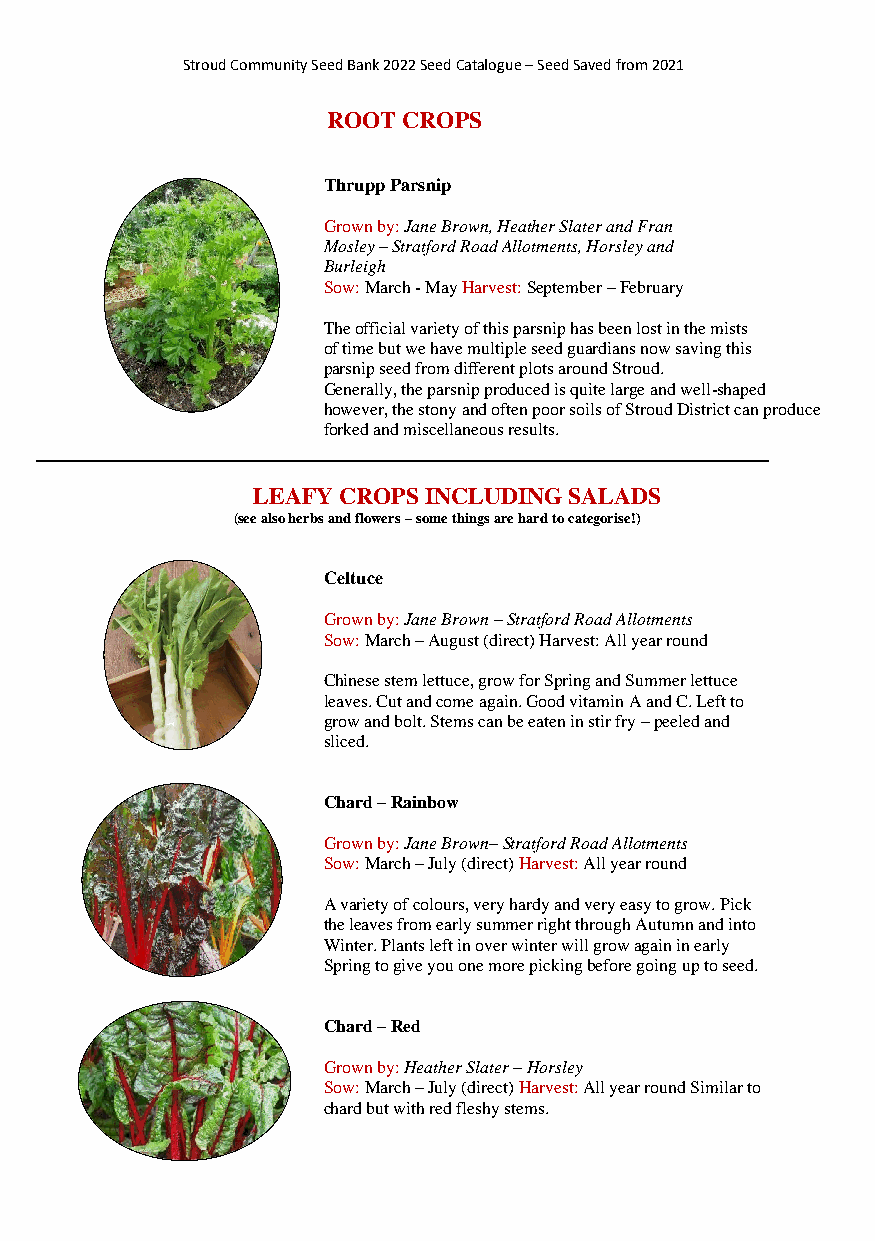
Stroud Community Seed Bank 2022 Seed Catalogue – Seed Saved from 2021
 ROOT CROPS
 Thrupp Parsnip
 Grown by: Jane Brown, Heather Slater and Fran
 Mosley – Stratford Road Allotments, Horsley and
 Burleigh
 Sow: March - May Harvest: September – February
 The official variety of this parsnip has been lost in the mists
 of time but we have multiple seed guardians now saving this
 parsnip seed from different plots around Stroud.
 Generally, the parsnip produced is quite large and well-shaped
 however, the stony and often poor soils of Stroud District can produce
 forked and miscellaneous results.
 LEAFY CROPS INCLUDING SALADS
 (see also herbs and flowers – some things are hard to categorise!)
 Celtuce
 Grown by: Jane Brown – Stratford Road Allotments
 Sow: March – August (direct) Harvest: All year round
 Chinese stem lettuce, grow for Spring and Summer lettuce
 leaves. Cut and come again. Good vitamin A and C. Left to
 grow and bolt. Stems can be eaten in stir fry – peeled and
 sliced.
 Chard – Rainbow
 Grown by: Jane Brown– Stratford Road Allotments
 Sow: March – July (direct) Harvest: All year round
 A variety of colours, very hardy and very easy to grow. Pick
 the leaves from early summer right through Autumn and into
 Winter. Plants left in over winter will grow again in early
 Spring to give you one more picking before going up to seed.
 Chard – Red
 Grown by: Heather Slater – Horsley
 Sow: March – July (direct) Harvest: All year round Similar to
 chard but with red fleshy stems.